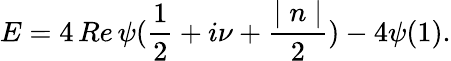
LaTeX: E=4\, Re\, \psi(\frac 12+i\nu+\frac{\mid n\mid}2)-4\psi(1).